Triennial report on the lunatic asylums in the province of Eastern Bengal and Assam - 1903-1911
Year: 1903
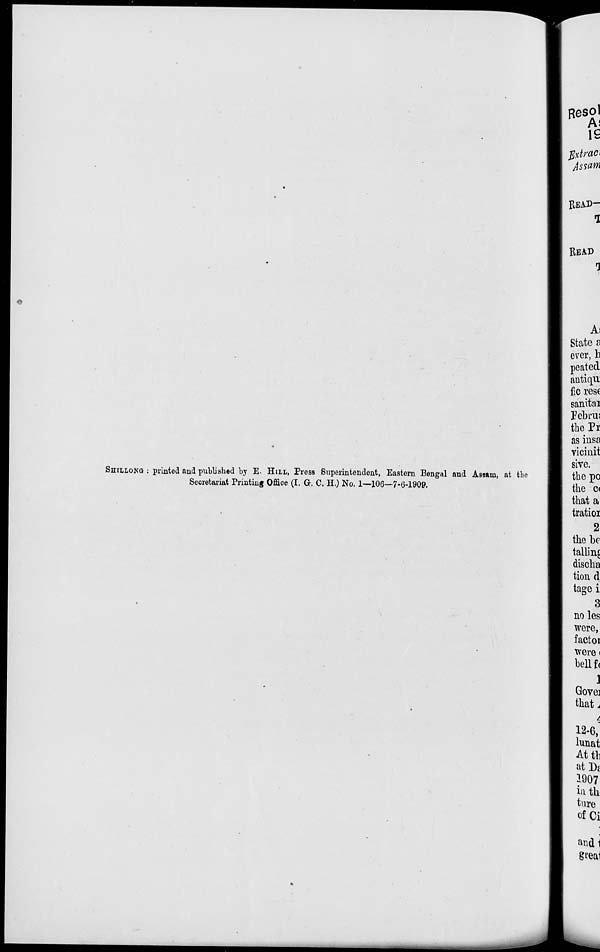
SHILLONG : printed and published by E. HILL, Press Superintendent, Eastern Bengal and Assam, at the
Secretariat Printing Office (I. G. C. H.) No. 1—106—7-6-1909.